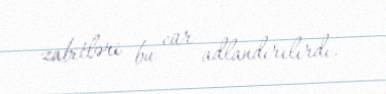
zabitləri bu cür adlandırılırdı.